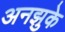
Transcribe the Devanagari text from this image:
अनझुके